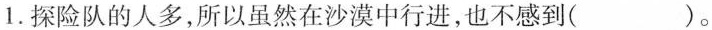
1.探险队的人多，所以虽然在沙漠中行进，也不感到( )。